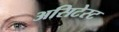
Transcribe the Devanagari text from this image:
असिटेस्ट